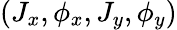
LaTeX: (J_{x},\phi_{x},J_{y},\phi_{y})